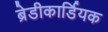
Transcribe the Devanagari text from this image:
ब्रेडीकार्डियक